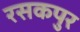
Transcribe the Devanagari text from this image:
रसकपुर